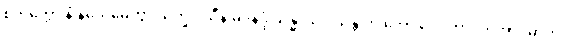
စတုတ္ထော နံ နိသေဓေတွာ ယက္ခဒါသီနံ မဒနိဒ္ဒံ သန္ဓာယ “သန္တိ ဟိ ဘော ဒေဝတာ”တိအာဒိမာဟ။